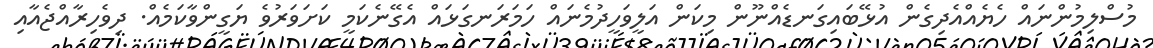
މުސްލިމުންނައް ހެޔެއްއެދިގެން އުޅޭބައިގަނޑެއްނޫން މިކަން އަލީވަހީދުމެނައް ހަމަރަނގަޅައް އެގޭނެކަމީ ކަށަވަރުވެ ޔަގީންވާކަމެއް. ދިވެހިރާއްޖެއާއި